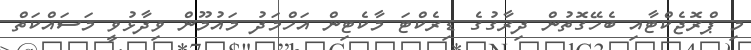
މި ޕްރޮޖެކްޓާއި ބެހޭގޮތުން ދިރާގުގެ ޑިރެކްޓަ މާކެޓިން އަހްމަދު މައުމޫން ވިދާޅުވީ މަސައްކަތް